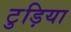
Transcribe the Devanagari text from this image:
टुड़िया